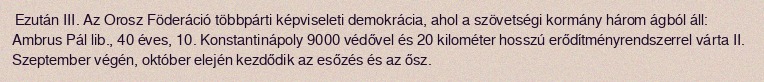
Ezután III. Az Orosz Föderáció többpárti képviseleti demokrácia, ahol a szövetségi kormány három ágból áll: Ambrus Pál lib., 40 éves, 10. Konstantinápoly 9000 védővel és 20 kilométer hosszú erődítményrendszerrel várta II. Szeptember végén, október elején kezdődik az esőzés és az ősz.